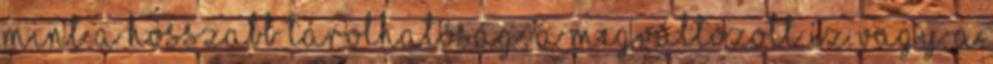
mint a hosszabb tárolhatóság, a megváltozott íz vagy a